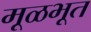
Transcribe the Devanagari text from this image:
मूळभूत